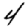
Digit: 4